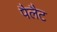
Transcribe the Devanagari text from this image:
पैलैट